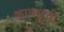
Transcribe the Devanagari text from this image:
कायसूची